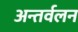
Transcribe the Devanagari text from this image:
अन्तर्वलन